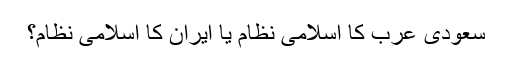
سعودی عرب کا اسلامی نظام یا ایران کا اسلامی نظام؟